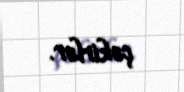
çəkirlər.